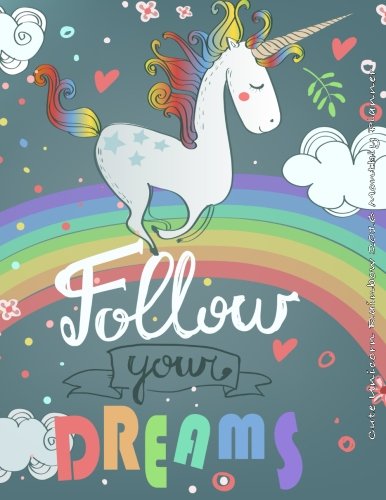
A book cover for Cute Unicorn Rainbow 2016 Monthly Planner; Laura's Cute Planners; Business & Money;